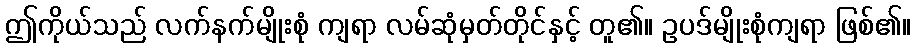
ဤကိုယ်သည် လက်နက်မျိုးစုံ ကျရာ လမ်ဆုံမှတ်တိုင်နှင့် တူ၏။ ဥပဒ်မျိုးစုံကျရာ ဖြစ်၏။